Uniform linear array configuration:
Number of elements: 4
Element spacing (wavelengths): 0.5
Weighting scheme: binomial
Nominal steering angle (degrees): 15
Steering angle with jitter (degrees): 15.007
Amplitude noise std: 0.05
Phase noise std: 0.05

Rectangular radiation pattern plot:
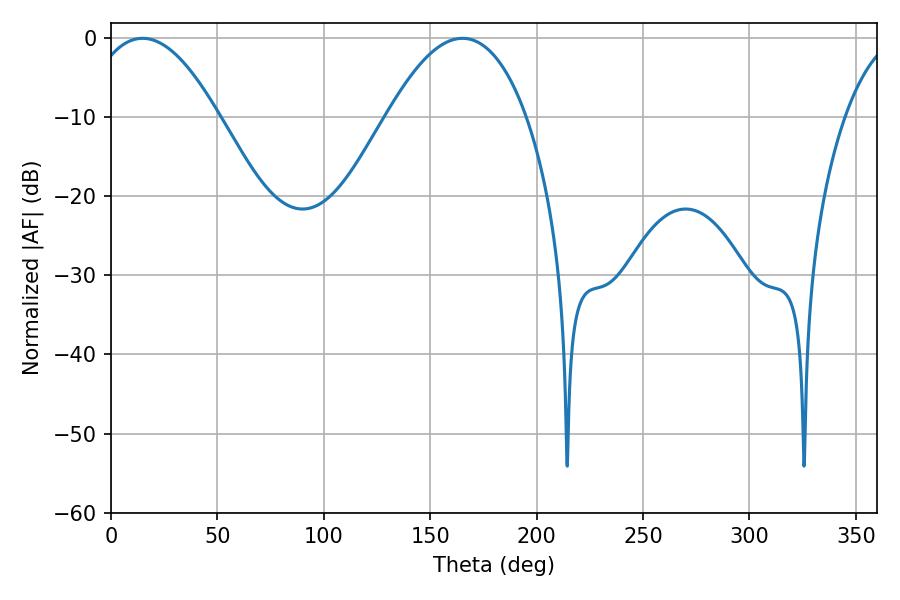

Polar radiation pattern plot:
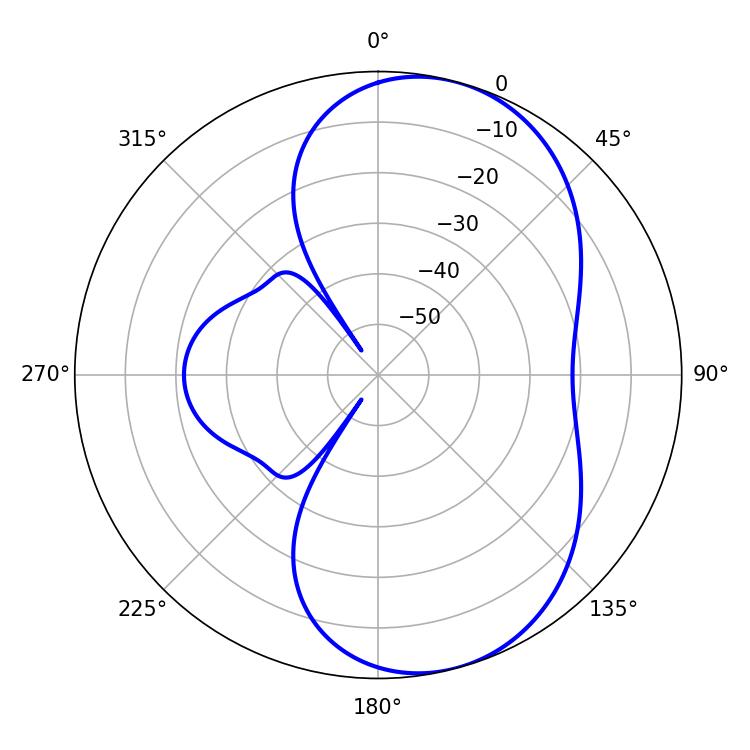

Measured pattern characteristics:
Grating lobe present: FALSE
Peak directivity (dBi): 7.158
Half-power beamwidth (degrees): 33.84
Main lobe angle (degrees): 14.76